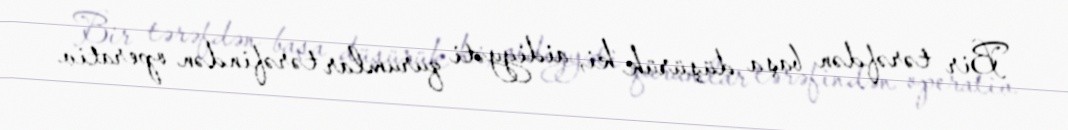
Bir tərəfdən başa düşürük ki, aidiyyəti qurumlar tərəfindən operativ